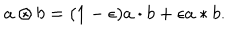
LaTeX: a \otimes b = ( 1 - \epsilon ) a \cdot b + \epsilon a * b .